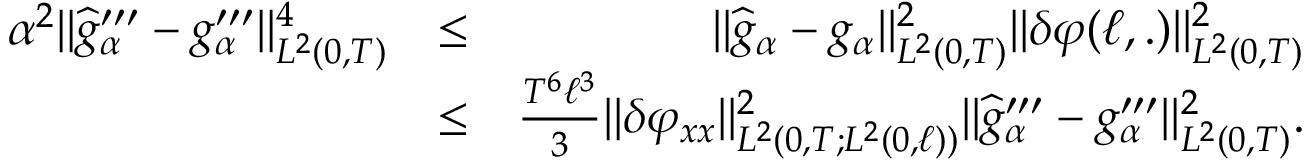
\begin{array} { r l r } { \alpha ^ { 2 } \Vert \widehat { g } _ { \alpha } ^ { \prime \prime \prime } - g _ { \alpha } ^ { \prime \prime \prime } \Vert _ { L ^ { 2 } ( 0 , T ) } ^ { 4 } } & { \leq } & { \Vert \widehat { g } _ { \alpha } - g _ { \alpha } \Vert _ { L ^ { 2 } ( 0 , T ) } ^ { 2 } \Vert \delta \varphi ( \ell , . ) \Vert _ { L ^ { 2 } ( 0 , T ) } ^ { 2 } } \\ & { \leq } & { \frac { T ^ { 6 } \ell ^ { 3 } } { 3 } \Vert \delta \varphi _ { x x } \Vert _ { L ^ { 2 } ( 0 , T ; L ^ { 2 } ( 0 , \ell ) ) } ^ { 2 } \Vert \widehat { g } _ { \alpha } ^ { \prime \prime \prime } - g _ { \alpha } ^ { \prime \prime \prime } \Vert _ { L ^ { 2 } ( 0 , T ) } ^ { 2 } . } \end{array}